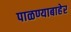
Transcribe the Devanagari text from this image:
पाळण्याबाहेर